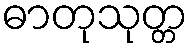
ဓာတုသုတ္တ